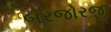
બરજોરજી